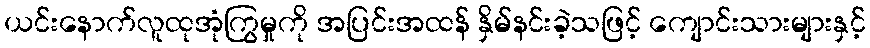
ယင်းနောက်လူထုအုံကြွမှုကို အပြင်းအထန် နှိမ်နင်းခဲ့သဖြင့် ကျောင်းသားများနှင့်